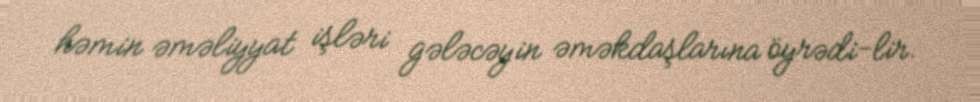
həmin əməliyyat işləri gələcəyin əməkdaşlarına öyrədi­lir.